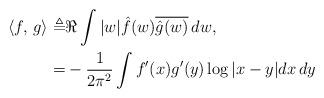
LaTeX: \begin{align*}\langle f,\,g\rangle \triangleq & \Re\int |w| \hat{f}(w)\overline{\hat{g}(w)}\,dw, \\ = & -\frac{1}{2\pi^2} \int f'(x) g'(y)\log|x-y|dx\,dy \end{align*}